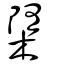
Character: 㯐